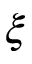
\xi